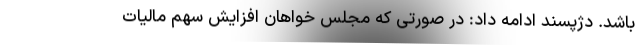
باشد. دژپسند ادامه داد: در صورتی که مجلس خواهان افزایش سهم مالیات